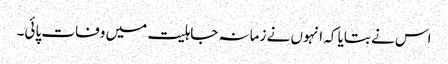
اس نے بتایا کہ انہوں نے زمانہ جاہلیت میں وفات پائی۔